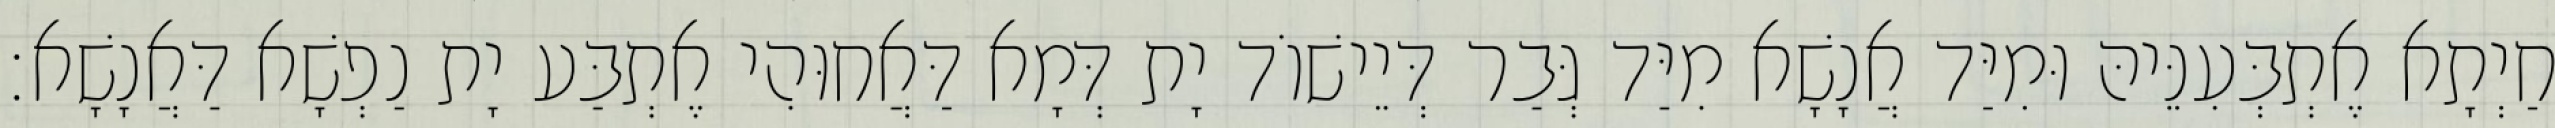
חַיְתָא אֶתְבְּעִנֵּיהּ וּמִיַּד אֲנָשָׁא מִיַּד גְּבַר דְּיֵישׁוֹד יָת דְּמָא דַּאֲחוּהִי אֶתְבַּע יָת נַפְשָׁא דַּאֲנָשָׁא׃